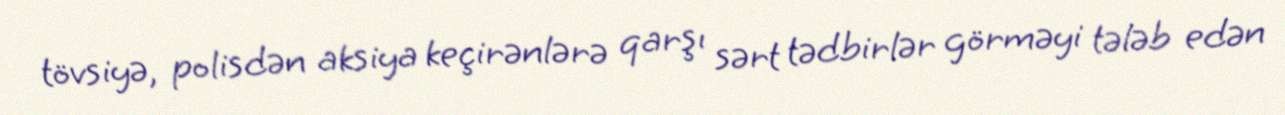
tövsiyə, polisdən aksiya keçirənlərə qarşı sərt tədbirlər görməyi tələb edən